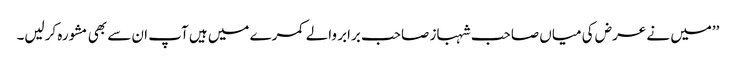
’’میں نے عرض کی میاں صاحب شہباز صاحب برابر والے کمرے میں ہیں آپ ان سے بھی مشورہ کرلیں۔